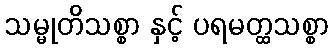
သမ္မုတိသစ္စာ နှင့် ပရမတ္ထသစ္စာ